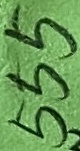
Text: 555